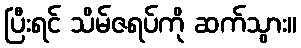
ပြီးရင် သိမ်ဇရပ်ကို ဆက်သွား။